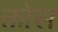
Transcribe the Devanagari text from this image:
क्तोस